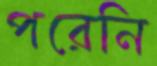
পরেনি